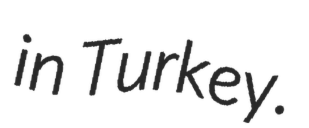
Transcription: in Turkey.